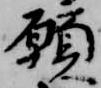
願